Annual administration report of the Civil Veterinary Department of India - 1909-1910
Year: 1909
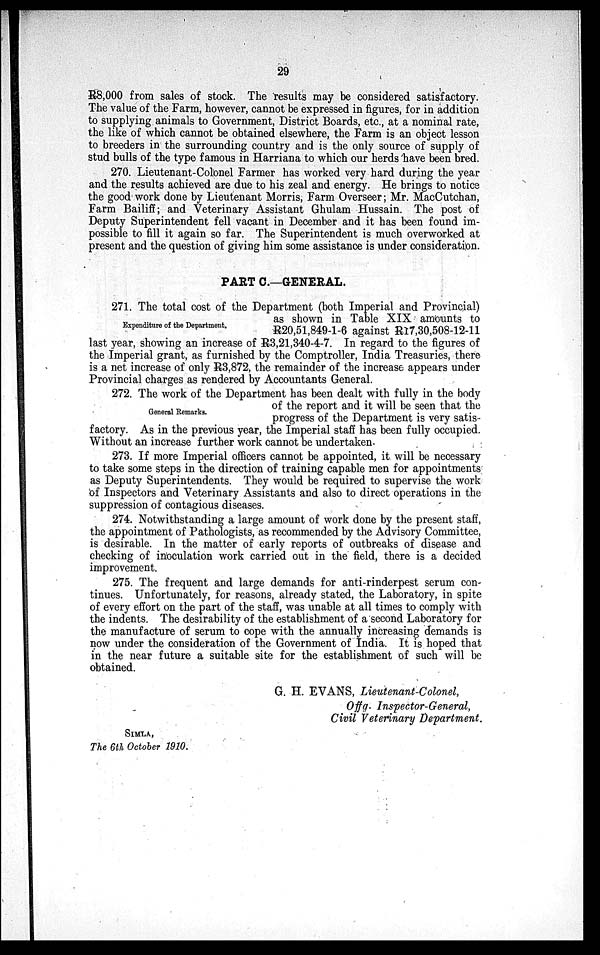
29
R8,000 from sales of stock. The results may be considered satisfactory.
The value of the Farm, however, cannot be expressed in figures, for in addition
to supplying animals to Government, District Boards, etc., at a nominal rate,
the like of which cannot be obtained elsewhere, the Farm is an object lesson
to breeders in the surrounding country and is the only source of supply of
stud bulls of the type famous in Harriana to which our herds have been bred.
270. Lieutenant-Colonel Farmer has worked very hard during the year
and the results achieved are due to his zeal and energy. He brings to notice
the good work done by Lieutenant Morris, Farm Overseer ; Mr. MacCutchan,
Farm Bailiff ; and Veterinary Assistant Ghulam Hussain. The post of
Deputy Superintendent fell vacant in December and it has been found im-
possible to fill it again so far. The Superintendent is much overworked at
present and the question of giving him some assistance is under consideration.
PART C.—GENERAL.
271. The total cost of the Department (both Imperial and Provincial)
as shown in Table XIX amounts to
R20,51,849-1-6 against R17,30,508-12-11
last year, showing an increase of R3,21,340-4-7. In regard to the figures of
the Imperial grant, as furnished by the Comptroller, India Treasuries, there
is a net increase of only R3,872, the remainder of the increase appears under
Provincial charges as rendered by Accountants General.
Expenditure of the Department.
272. The work of the Department has been dealt with fully in the body
of the report and it will be seen that the
progress of the Department is very satis
factory. As in the previous year, the Imperial staff has been fully occupied.
Without an increase further work cannot be undertaken.
General Remarks.
273. If more Imperial officers cannot be appointed, it will be necessary
to take some steps in the direction of training capable men for appointments
as Deputy Superintendents. They would be required to supervise the work
of Inspectors and Veterinary Assistants and also to direct operations in the
suppression of contagious diseases.
274. Notwithstanding a large amount of work done by the present staff,
the appointment of Pathologists, as recommended by the Advisory Committee,
is desirable. In the matter of early reports of outbreaks of disease and
checking of inoculation work carried out in the field, there is a decided
improvement.
275. The frequent and large demands for anti-rinderpest serum con-
tinues. Unfortunately, for reasons, already stated, the Laboratory, in spite
of every effort on the part of the staff, was unable at all times to comply with
the indents. The desirability of the establishment of a second Laboratory for
the manufacture of serum to cope with the annually increasing demands is
now under the consideration of the Government of India. It is hoped that
in the near future a suitable site for the establishment of such will be
obtained.
G. H. EVANS, Lieutenant-Colonel,
Of f g. Inspector-General,
Civil Veterinary Department.
SIMLA,
The 6th October 1910.